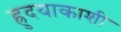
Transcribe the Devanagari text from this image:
ह्रुदयाकाशी